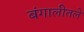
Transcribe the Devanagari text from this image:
बंगालीतले